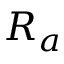
R _ { a }